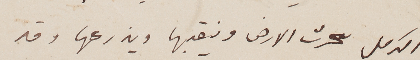
الكرمل يحرث الارض وينقبها ويزرعها وقد